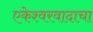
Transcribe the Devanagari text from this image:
एकेश्वरवादाचा